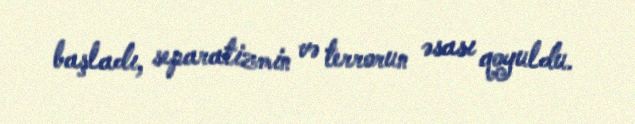
başladı, separatizmin və terrorun əsası qoyuldu.